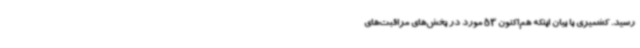
رسید. کشمیری با بیان اینکه هم‌اکنون 53 مورد در بخش‌های مراقبت‌های